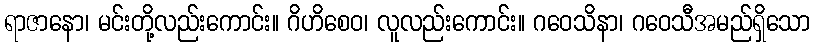
ရာဇာနော၊ မင်းတို့လည်းကောင်း။ ဂိဟိစေဝ၊ လူလည်းကောင်း။ ဂဝေသိနာ၊ ဂဝေသီအမည်ရှိသော